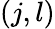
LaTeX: (j,l)